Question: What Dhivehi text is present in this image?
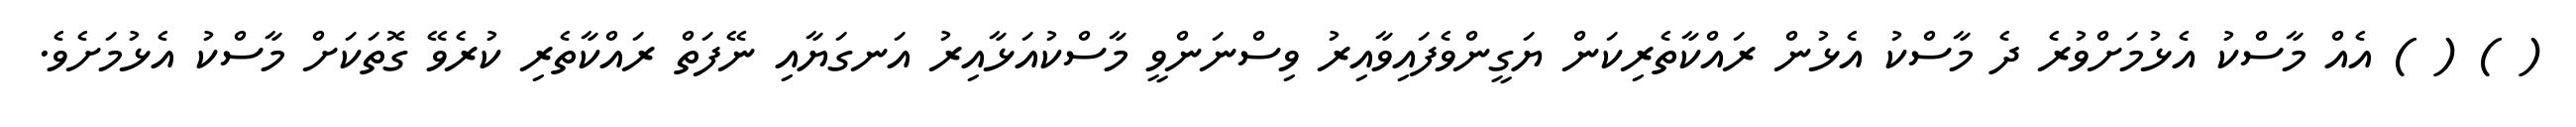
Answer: ( ) ( ) އެއް މާސްކު އެޅުމަށްވުރެ ދެ މާސްކު އެޅުން ރައްކާތެރިކަން ޔަގީންވެފައިވާއިރު ވިސްނަންވީ މާސްކުއަޅާއިރު އަނގަޔާއި ނޭފަތް ރައްކާތެރި ކުރެވޭ ގޮތަކަށް މާސްކު އެޅުމަށެވެ.